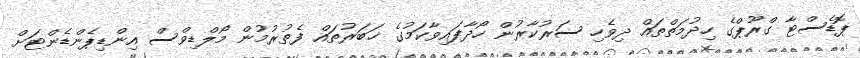
ޕޮޑެސްޓާ ގްރޫޕްގެ ހިދުމަތްތައް ދިވެހި ސަރުކާރުން ހޯދާފައިވާކަމުގެ ޚަބަރުތައް ފެތުރުމުން މޯލްޑިވްސް އިންޑިޕެންޑެންޓަށް